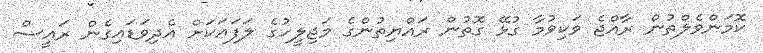
ކޮމަންވެލްތުން ރާއްޖެ ވަކިވުމާ ގުޅޭ ގޮތުން ރައްޔިތުންގެ މަޖިލީހުގެ ލަފައަކަށް އެދިވަޑައިގެން ރައީސް